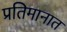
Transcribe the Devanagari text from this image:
प्रतिमानात